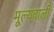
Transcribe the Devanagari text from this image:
मूल्यवाली